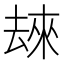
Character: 𫨬